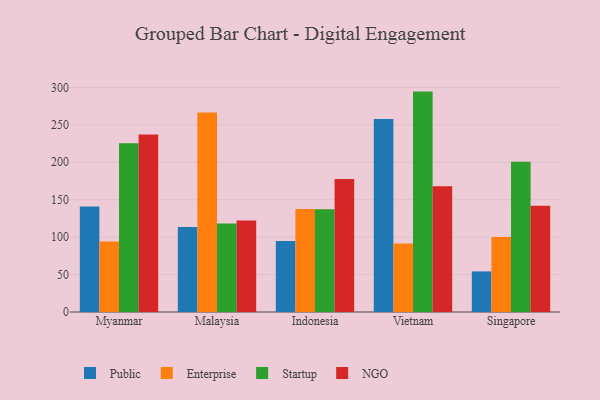
{"axis": {"x": "Country", "y": "Bounce Rate (%)"}, "legend": ["Enterprise", "NGO", "Public", "Startup"], "data": [{"x": "Myanmar", "y": 141.0, "type": "Public"}, {"x": "Myanmar", "y": 94.3, "type": "Enterprise"}, {"x": "Myanmar", "y": 225.3, "type": "Startup"}, {"x": "Myanmar", "y": 237.2, "type": "NGO"}, {"x": "Malaysia", "y": 113.6, "type": "Public"}, {"x": "Malaysia", "y": 266.6, "type": "Enterprise"}, {"x": "Malaysia", "y": 118.3, "type": "Startup"}, {"x": "Malaysia", "y": 122.3, "type": "NGO"}, {"x": "Indonesia", "y": 94.8, "type": "Public"}, {"x": "Indonesia", "y": 137.7, "type": "Enterprise"}, {"x": "Indonesia", "y": 137.3, "type": "Startup"}, {"x": "Indonesia", "y": 177.7, "type": "NGO"}, {"x": "Vietnam", "y": 257.9, "type": "Public"}, {"x": "Vietnam", "y": 91.5, "type": "Enterprise"}, {"x": "Vietnam", "y": 294.4, "type": "Startup"}, {"x": "Vietnam", "y": 168.1, "type": "NGO"}, {"x": "Singapore", "y": 54.2, "type": "Public"}, {"x": "Singapore", "y": 100.1, "type": "Enterprise"}, {"x": "Singapore", "y": 200.8, "type": "Startup"}, {"x": "Singapore", "y": 141.9, "type": "NGO"}]}